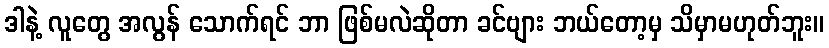
ဒါနဲ့ လူတွေ အလွန် သောက်ရင် ဘာ ဖြစ်မလဲဆိုတာ ခင်ဗျား ဘယ်တော့မှ သိမှာမဟုတ်ဘူး။